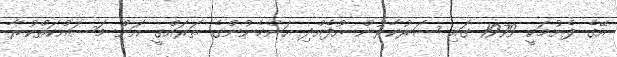
އޭގެ ފެށުމަކީ 1979 ގައި ސަރުކާރުން އުފެއްދި އަންހެނުންގެ ތަރައްގީ އަށް މަސައްކަތްކުރާ